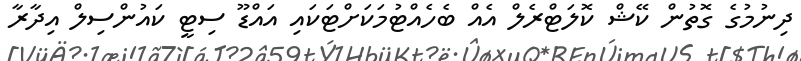
ދިނުމުގެ ގޮތުން ކޭޝް ކޮލަޓްރެލް އެއް ބެހެއްޓުމަކަށްޓަކައި އައްޑޫ ސިޓީ ކައުންސިލް އިދާރާ